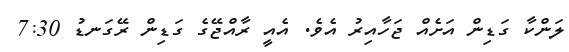
ލަންކާ ގަޑިން އަށެއް ޖަހާއިރު އެވެ. އެއީ ރާއްޖޭގެ ގަޑިން ރޭގަނޑު 7:30